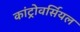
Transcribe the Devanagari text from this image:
कांट्रोवर्सियल